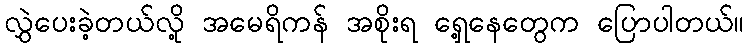
လွှဲပေးခဲ့တယ်လို့ အမေရိကန် အစိုးရ ရှေ့နေတွေက ပြောပါတယ်။